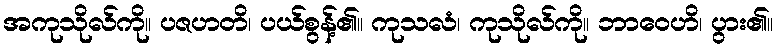
အကုသိုလ်ကို။ ပဇဟတိ၊ ပယ်စွန့်၏။ ကုသလံ၊ ကုသိုလ်ကို။ ဘာဝေဟိ၊ ပွား၏။